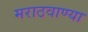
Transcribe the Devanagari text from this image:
मराठवाण्या